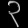
Digit: ၃